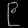
Digit: ၉